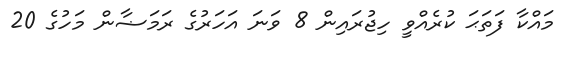
މައްކާ ފަތަޙަ ކުރެއްވީ ހިޖުރައިން 8 ވަނަ އަހަރުގެ ރަމަޟާން މަހުގެ 20